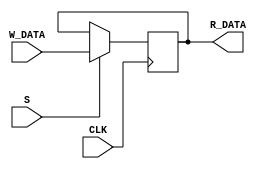
`timescale 1ns / 1ps
//////////////////////////////////////////////////////////////////////////////////
// Company: 
// Engineer: 
// 
// Design Name: 
// Module Name:    Accumulator 
// Project Name: 
// Target Devices: 
// Tool versions: 
// Description: 
//
// Dependencies: 
//
// Revision: 
// Revision 0.01 - File Created
// Additional Comments: 
//
//////////////////////////////////////////////////////////////////////////////////
module Accumulator(CLK, S, R_DATA, W_DATA);
    input CLK;
    input S; // 1s
    input [3:0]W_DATA;
    output [3:0]R_DATA;

    reg [3:0]register = 4'b0000;
    
    assign R_DATA = register;

    always @(posedge CLK) begin
        if (S == 1'b1)
        begin
            register <= W_DATA;
        end
    end
endmodule